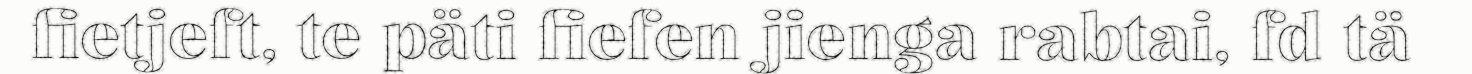
fietjeft, te päti fiefen jienga rabtai, fd tä